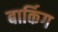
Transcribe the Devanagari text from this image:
बार्किग